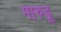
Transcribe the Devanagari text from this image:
मारुडू